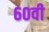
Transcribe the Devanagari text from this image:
६०वी